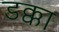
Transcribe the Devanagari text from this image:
डक्का